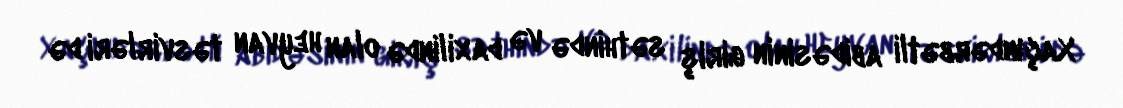
Xaçındərbətli abidəsinin giriş səthində və daxilində olan heyvan təsvirləri də